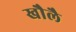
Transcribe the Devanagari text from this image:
खौलै